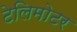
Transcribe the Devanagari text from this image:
टेलिमोटर